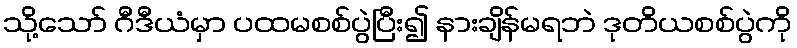
သို့သော် ဂီဒီယံမှာ ပထမစစ်ပွဲပြီး၍ နားချိန်မရဘဲ ဒုတိယစစ်ပွဲကို